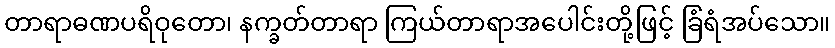
တာရာဓဏပရိဝုတော၊ နက္ခတ်တာရာ ကြယ်တာရာအပေါင်းတို့ဖြင့် ခြံရံအပ်သော။